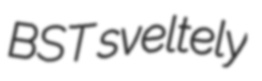
BST sveltely